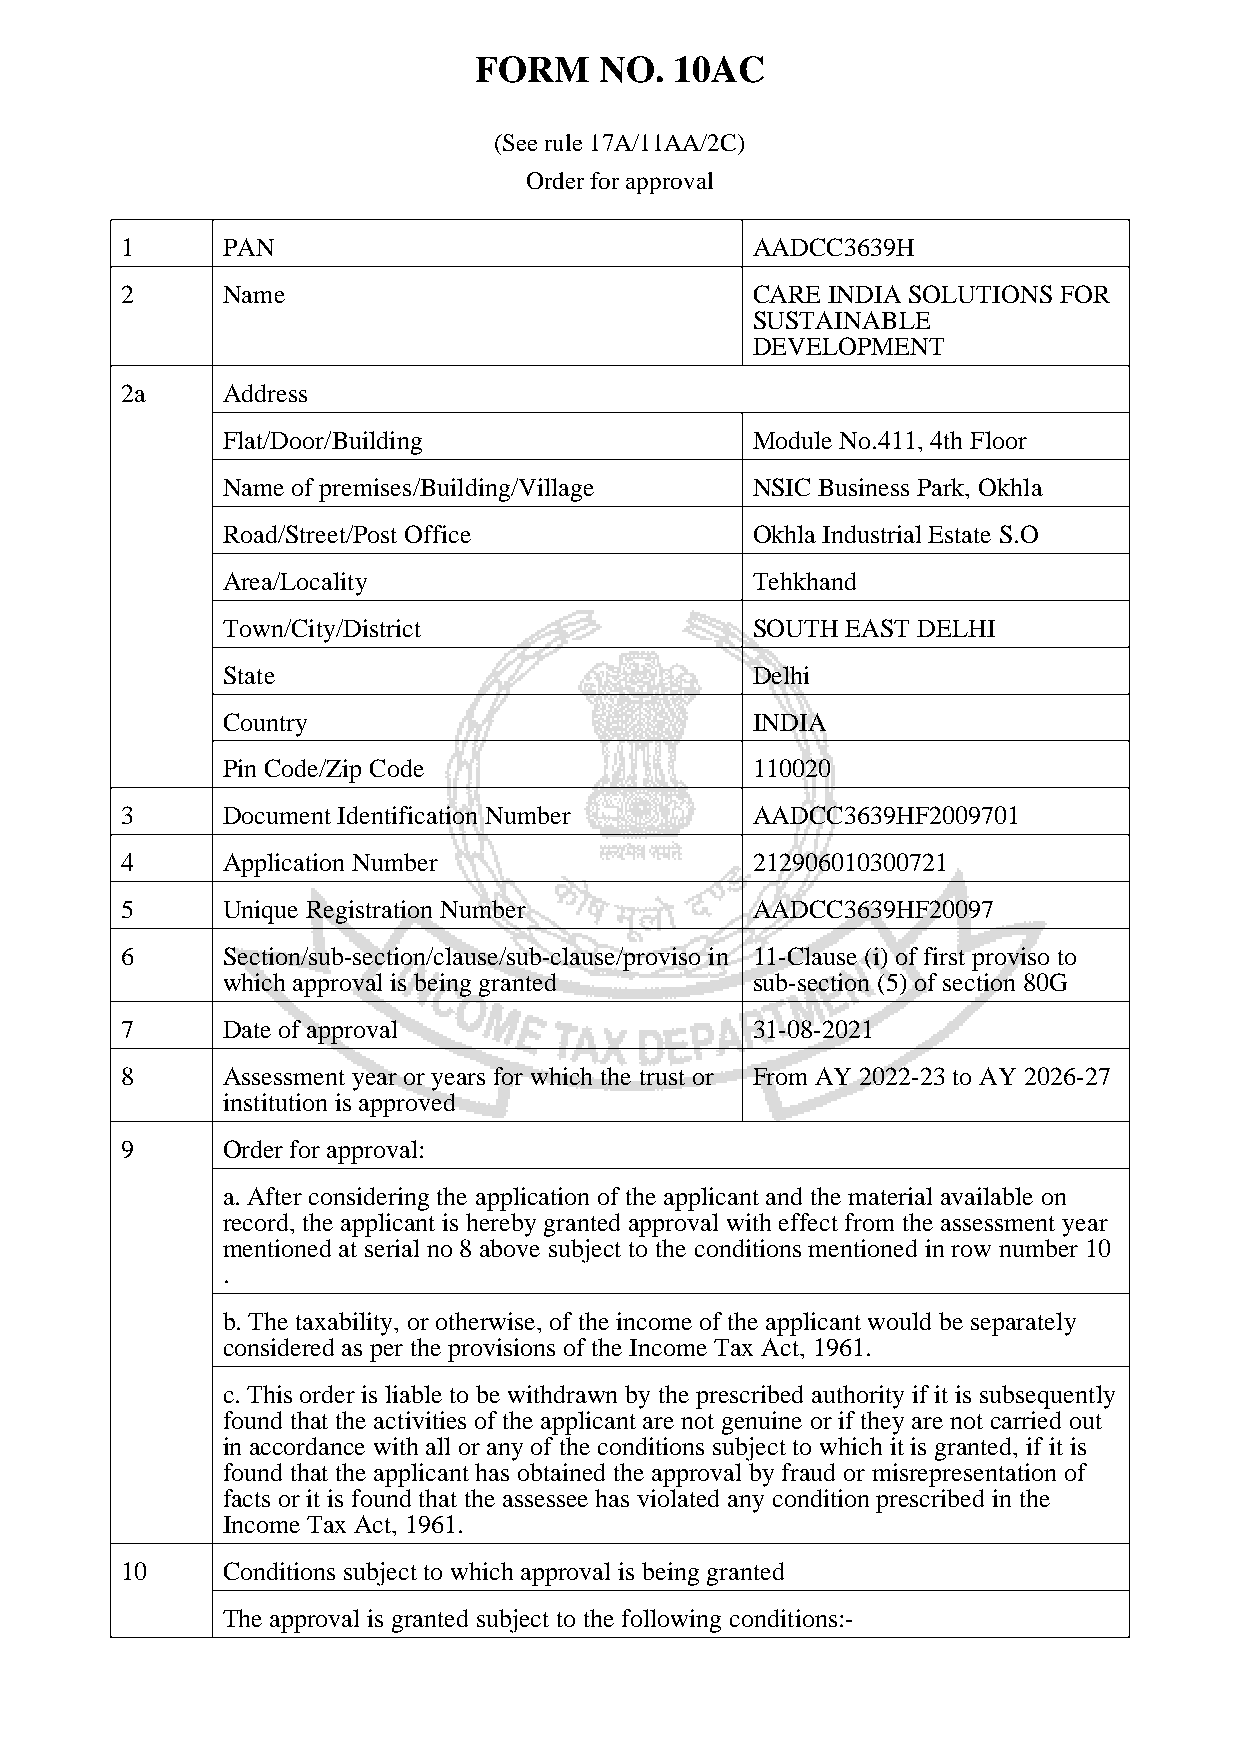
FORM     NO.  10AC
 (See rule 17A/11AA/2C)
 Order for approval
 1      PAN                                AADCC3639H
 2      Name                               CARE INDIA SOLUTIONS FOR
 SUSTAINABLE
 DEVELOPMENT
 2a     Address
 Flat/Door/Building                 Module No.411, 4th Floor
 Name of premises/Building/Village  NSIC Business Park, Okhla
 Road/Street/Post Office            Okhla Industrial Estate S.O
 Area/Locality                      Tehkhand
 Town/City/District                 SOUTH EAST DELHI
 State                              Delhi
 Country                            INDIA
 Pin Code/Zip Code                  110020
 3      Document Identification Number     AADCC3639HF2009701
 4      Application Number                 212906010300721
 5      Unique Registration Number         AADCC3639HF20097
 6      Section/sub-section/clause/sub-clause/proviso in 11-Clause (i) of first proviso to
 which approval is being granted    sub-section (5) of section 80G
 7      Date of approval                   31-08-2021
 8      Assessment year or years for which the trust or From AY 2022-23 to AY 2026-27
 institution is approved
 9      Order for approval:
 a. After considering the application of the applicant and the material available on
 record, the applicant is hereby granted approval with effect from the assessment year
 mentioned at serial no 8 above subject to the conditions mentioned in row number 10
 .
 b. The taxability, or otherwise, of the income of the applicant would be separately
 considered as per the provisions of the Income Tax Act, 1961.
 c. This order is liable to be withdrawn by the prescribed authority if it is subsequently
 found that the activities of the applicant are not genuine or if they are not carried out
 in accordance with all or any of the conditions subject to which it is granted, if it is
 found that the applicant has obtained the approval by fraud or misrepresentation of
 facts or it is found that the assessee has violated any condition prescribed in the
 Income Tax Act, 1961.
 10     Conditions subject to which approval is being granted
 The approval is granted subject to the following conditions:-